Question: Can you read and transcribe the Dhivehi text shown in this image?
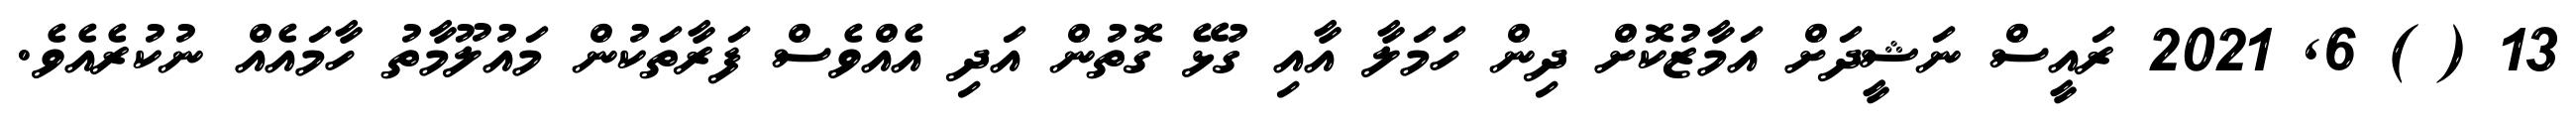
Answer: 13 ( ) 6, 2021 ރައީސް ނަޝީދަށް އަމާޒުކޮށް ދިން ހަމަލާ އާއި ގުޅޭ ގޮތުން އަދި އެއްވެސް ފަރާތަކުން މައުލޫމާތު ހާމައެއް ނުކުރެއެވެ.